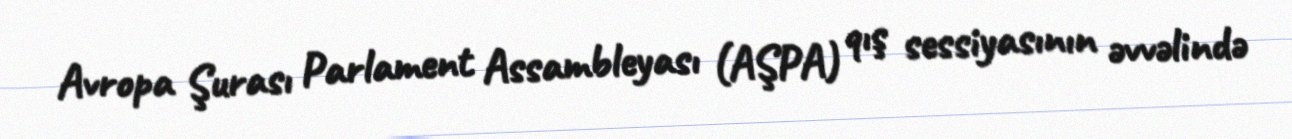
Avropa Şurası Parlament Assambleyası (AŞPA) qış sessiyasının əvvəlində